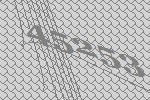
45253